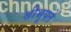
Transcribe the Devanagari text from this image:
श्रीभूपते